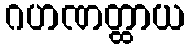
ဂဟဏတ္ထာယ